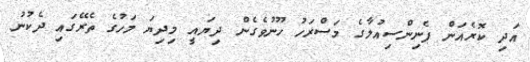
އަދި ކޮރެއަން ޕެނިންސިއުލާގެ މަސްރަހު ހޫނުވެގެން ދިޔައީ މިދިޔަ މަހުގެ ތެރޭގައި ދެކުނު